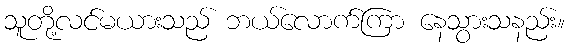
သူတို့လင်မယားသည် ဘယ်လောက်ကြာ နေသွားသနည်း။